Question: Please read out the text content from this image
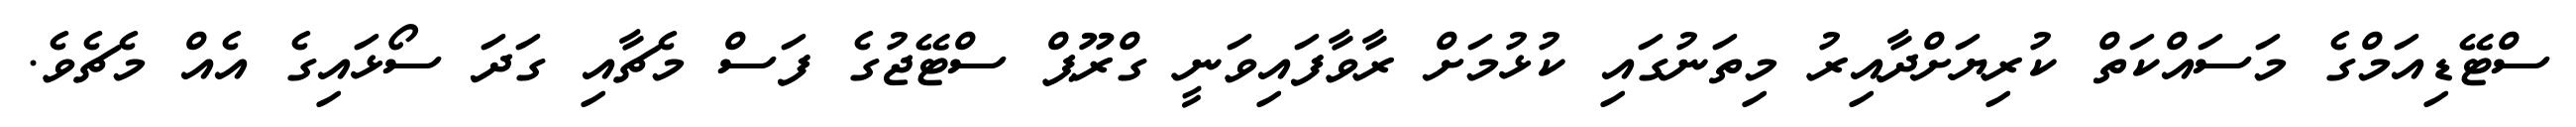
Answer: ސްޓޭޑިއަމްގެ މަސައްކަތް ކުރިޔަށްދާއިރު މިތަނުގައި ކުޅުމަށް ރާވާފައިވަނީ ގްރޫޕް ސްޓޭޖުގެ ފަސް މެޗާއި ގަދަ ސޯޅައިގެ އެއް މެޗެވެ.